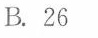
B.26